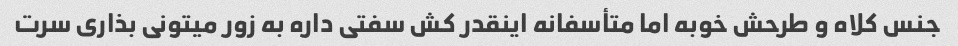
جنس کلاه و طرحش خوبه اما متأسفانه اینقدر کش سفتی داره به زور میتونی بذاری سرت